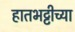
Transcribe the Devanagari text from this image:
हातभट्टीच्या